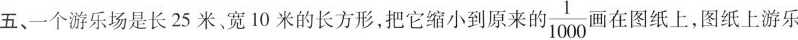
五、一个游乐场是长25米宽10米的长方形，把它缩小到原来的 \frac{1}{1000}画在图纸上，图纸上游乐